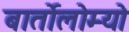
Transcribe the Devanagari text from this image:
बार्तोलोम्यो